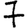
Digit: 7